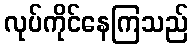
လုပ်ကိုင်နေကြသည်